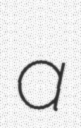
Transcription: a